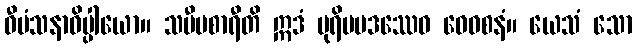
ဝီမံသနာဓိပ္ပါယော။ သမီပစာရီတိ ဣဒံ ပုရိမပဒဿေဝ ဝေဝစနံ။ ယေသံ သော